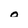
Character: 0